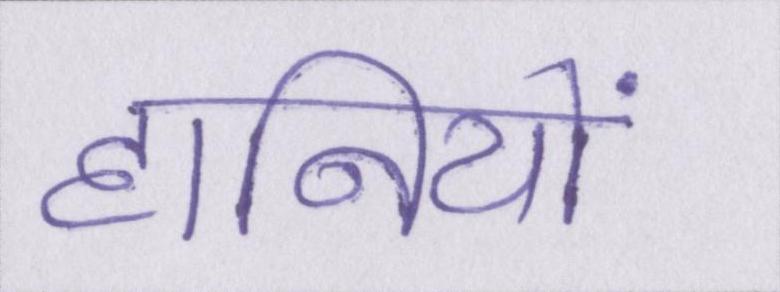
हानियों